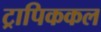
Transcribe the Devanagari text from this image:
ट्रापिककल